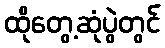
ထိုတွေ့ဆုံပွဲတွင်